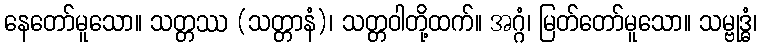
နေတော်မူသော။ သတ္တဿ (သတ္တာနံ)၊ သတ္တဝါတို့ထက်။ အဂ္ဂံ၊ မြတ်တော်မူသော။ သမ္ဗုဒ္ဓံ၊